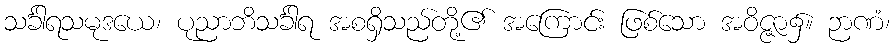
သင်္ခါရသမုဒယေ၊ ပုညာဘိသင်္ခါရ အစရှိသည်တို့၏ အကြောင်း ဖြစ်သော အဝိဇ္ဇာ၌။ ဉာဏံ၊